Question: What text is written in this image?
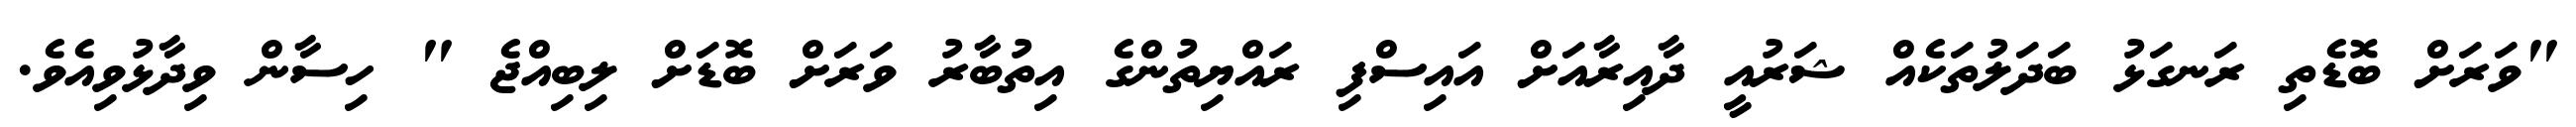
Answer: "ވަރަށް ބޮޑެތި ރަނގަޅު ބަދަލުތަކެއް ޝަރުއީ ދާއިރާއަށް އައިސްފި ރައްޔިތުންގެ އިތުބާރު ވަރަށް ބޮޑަށް ލިބިއްޖެ " ހިސާން ވިދާޅުވިއެވެ.